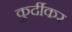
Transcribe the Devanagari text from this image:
कुर्दीकर